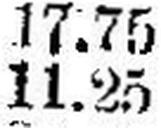
11.25